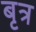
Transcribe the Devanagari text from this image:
बृत्र